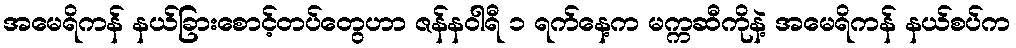
အမေရိကန် နယ်ခြားစောင့်တပ်တွေဟာ ဇန်နဝါရီ ၁ ရက်နေ့က မက္ကဆီကိုနဲ့ အမေရိကန် နယ်စပ်က